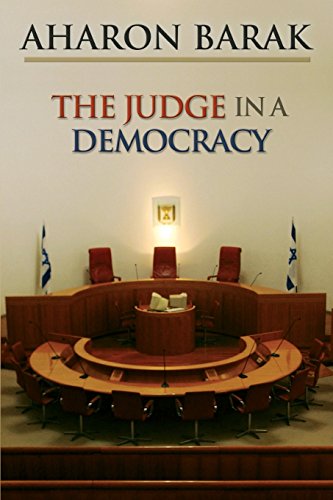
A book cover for The Judge in a Democracy; Aharon Barak; Law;